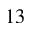
1 3